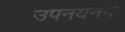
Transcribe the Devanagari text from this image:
उपनयनम